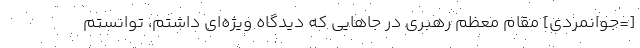
[=جوانمردی] مقام معظم رهبري در جاهايي كه ديدگاه ويژه‌اي داشتم، توانستم